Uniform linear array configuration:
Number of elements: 64
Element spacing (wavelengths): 1
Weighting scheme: binomial
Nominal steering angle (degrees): -45
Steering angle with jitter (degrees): -43.747
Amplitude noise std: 0.05
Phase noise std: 0.05

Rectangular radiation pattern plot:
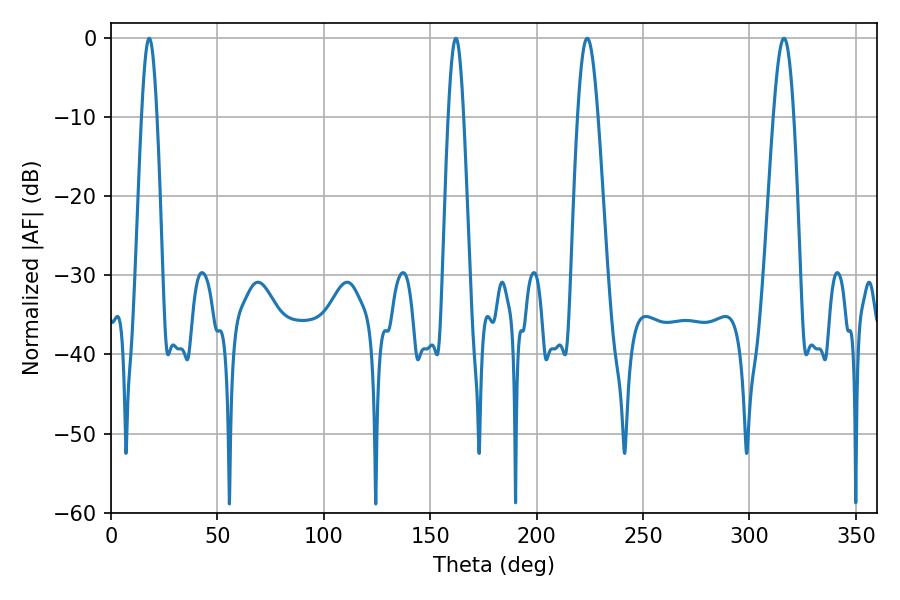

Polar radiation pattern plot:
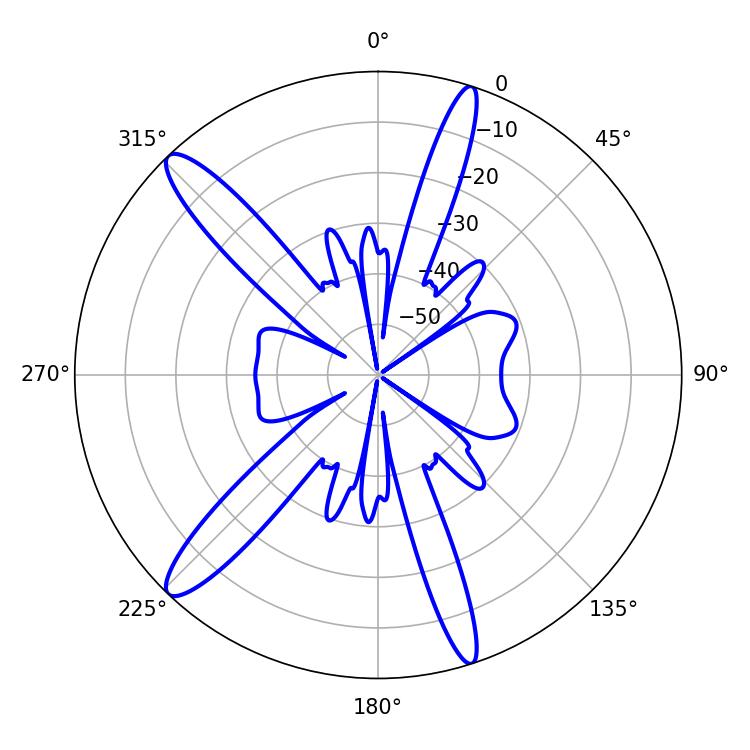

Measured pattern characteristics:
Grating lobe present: TRUE
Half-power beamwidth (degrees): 5.22
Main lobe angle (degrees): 223.74